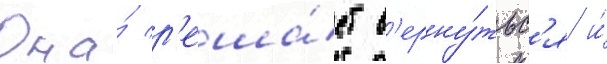
Она́ р'еша́ет в'ерну́тьс'я и́